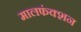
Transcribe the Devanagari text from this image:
मालफंक्शन